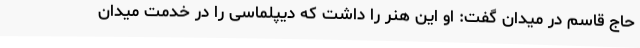
حاج قاسم در میدان گفت: او این هنر را داشت که دیپلماسی را در خدمت میدان